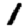
Digit: 1